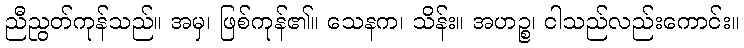
ညီညွတ်ကုန်သည်။ အမှ၊ ဖြစ်ကုန်၏။ သေနက၊ သိန်း။ အဟဉ္စ၊ ငါသည်လည်းကောင်း။